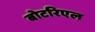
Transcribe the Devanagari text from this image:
बोटरिएल